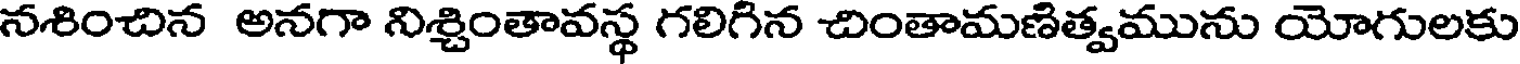
నశించిన అనగా నిశ్చింతావస్థ గలిగిన చింతామణిత్వమును యోగులకు